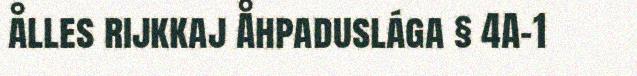
ålles rijkkaj Åhpaduslága § 4A-1